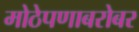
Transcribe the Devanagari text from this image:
मोठेपणाबरोबर